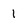
Character: 1